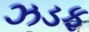
ઝડફ